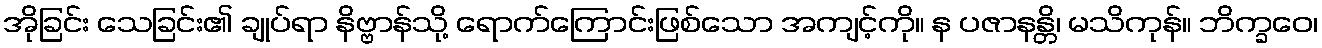
အိုခြင်း သေခြင်း၏ ချုပ်ရာ နိဗ္ဗာန်သို့ ရောက်ကြောင်းဖြစ်သော အကျင့်ကို။ န ပဇာနန္တိ၊ မသိကုန်။ ဘိက္ခဝေ၊